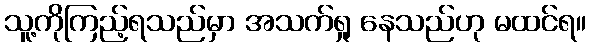
သူ့ကိုကြည့်ရသည်မှာ အသက်ရှု နေသည်ဟု မထင်ရ။